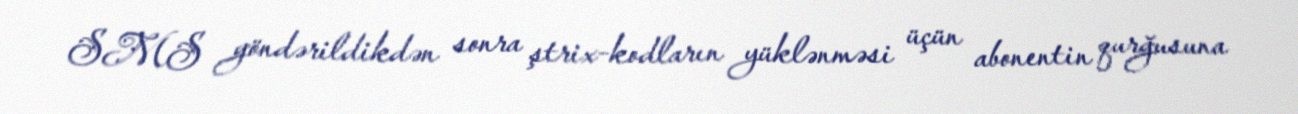
SMS göndərildikdən sonra ştrix-kodların yüklənməsi üçün abonentin qurğusuna